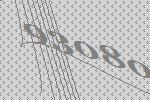
93080